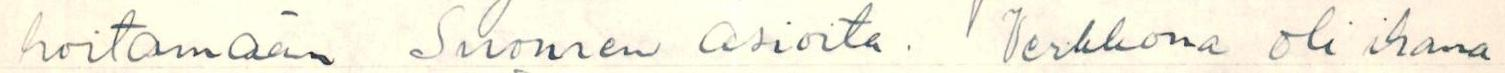
hoitamaan Suomen asioita. Verkkona oli ihana